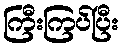
ကြီးကြပ်ပြီး